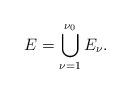
LaTeX: \begin{align*}E=\bigcup_{\nu=1}^{\nu_0}E_{\nu}.\end{align*}